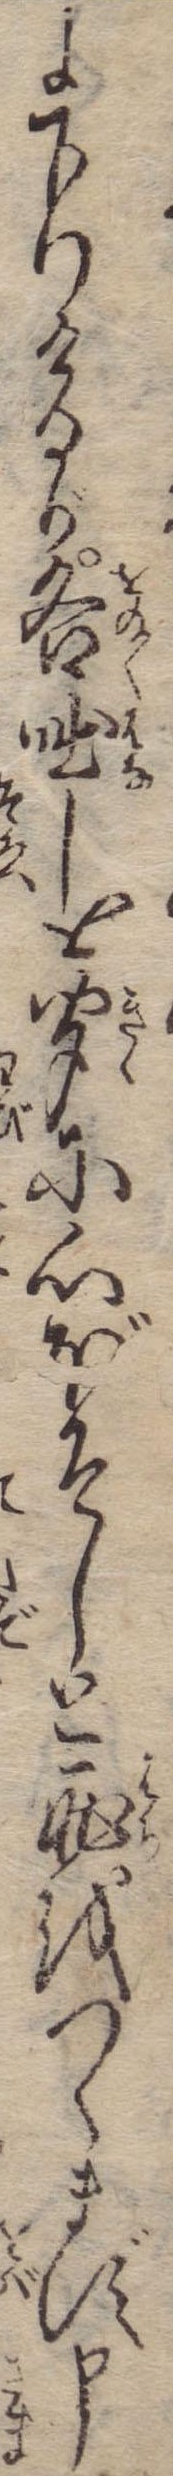
に下りけるが各咄しを聞に心ぼそしと恥をつゝまず申